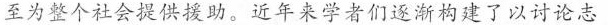
至为整个社会提供援助。近年来学者们逐渐构建了以讨论志